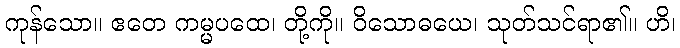
ကုန်သော။ ဧတေ ကမ္မပထေ၊ တို့ကို။ ဝိသောဓယေ၊ သုတ်သင်ရာ၏။ ဟိ၊